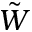
\Tilde { W }